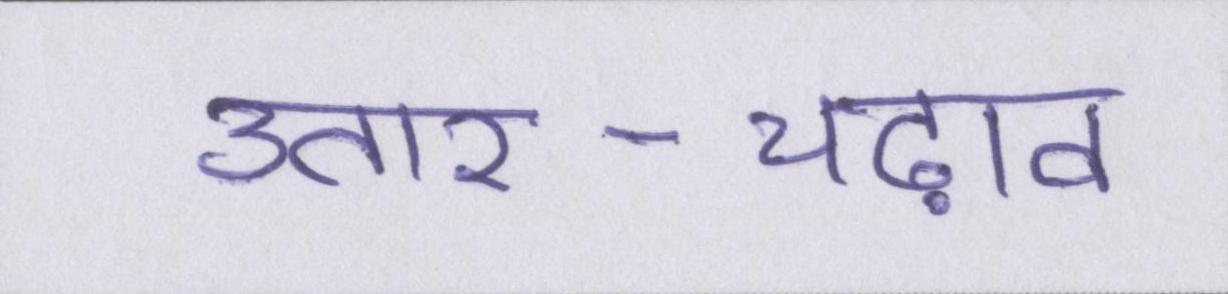
उतार-चढ़ाव